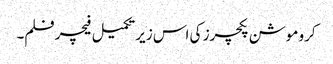
کرو موشن پکچرز کی اس زیر تکمیل فیچر فلم۔